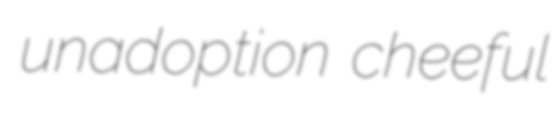
unadoption cheeful